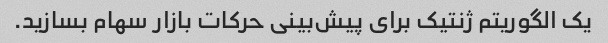
یک الگوریتم ژنتیک برای پیش‌بینی حرکات بازار سهام بسازید.